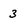
Character: 3